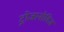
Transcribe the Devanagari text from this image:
ट्रोजानोविज